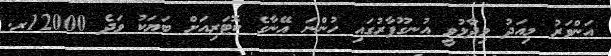
އަންވަރު މިއަދު ވިދާޅުވީ އުނގޫފާރުގައި ހުންނަ އޭނާގެ ކޮޓަރިއަށް ބަޔަކު ވަދެ 12000ރ.